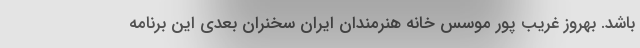
باشد. بهروز غریب پور موسس خانه هنرمندان ایران سخنران بعدی این برنامه